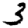
Digit: 3